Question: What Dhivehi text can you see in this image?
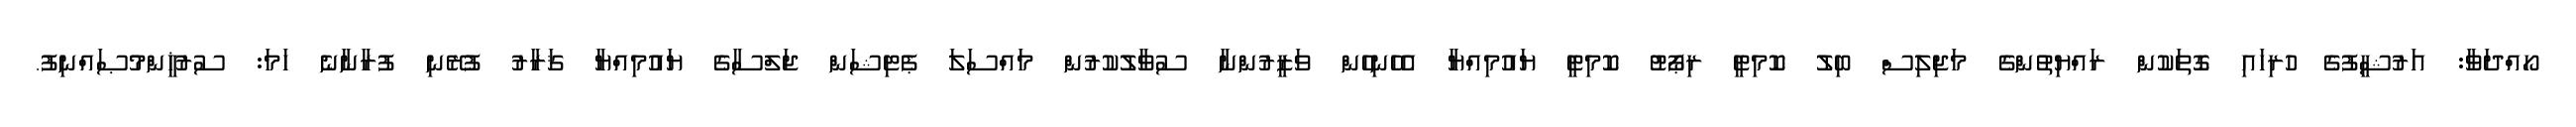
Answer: ހޯއްދަވާ: އަރުޝީފުގެ ހުރިހައި ގޮތަކުން ރައްޔިތުންގެ މަޖިލިސް ބިލު ކޮމިޓީ ރިޕޯޓު ކޮމިޓީ ޔައުމިއްޔާ އެހެނިހެން ވަޒީރުންނާ ސުވާލުކުރުން މައްސަލަ ޕެޓިޝަން ޖަލްސާގެ ޔައުމިއްޔާ ޤަރާރު ފުރޭނި ފުރާނާނެ ހަމަ: ސުރުޚީންމުޞައްނިފު.